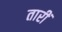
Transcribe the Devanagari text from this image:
तारीं